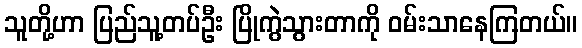
သူတို့ဟာ ပြည်သူ့တပ်ဦး ပြိုကွဲသွားတာကို ဝမ်းသာနေကြတယ်။